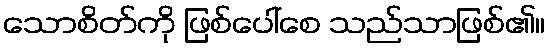
သောစိတ်ကို ဖြစ်ပေါ်စေ သည်သာဖြစ်၏။